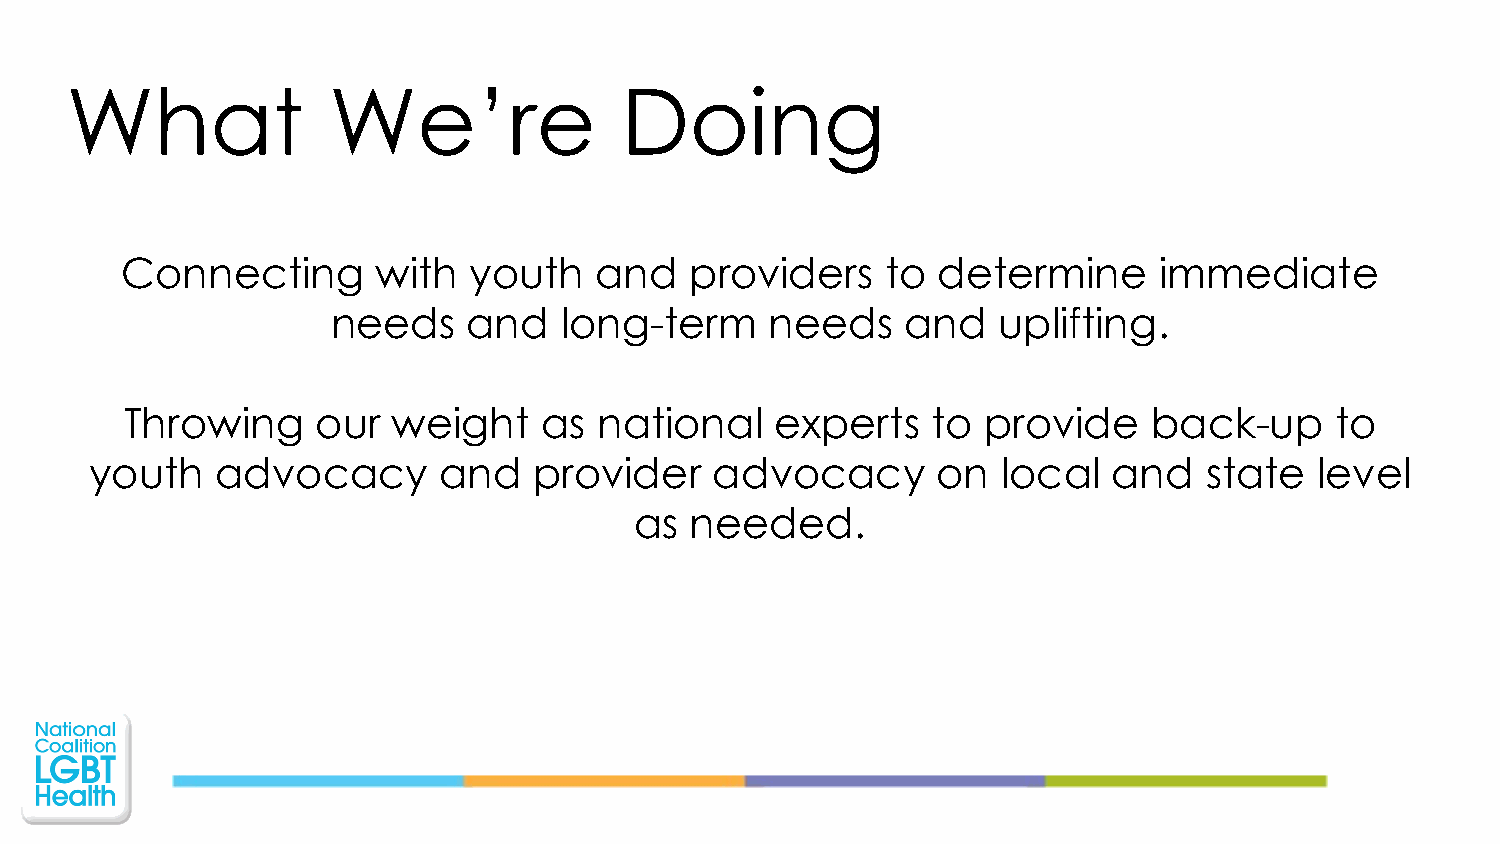
What              We’re              Doing
 Connecting       with  youth   and    providers    to determine      immediate
 needs    and   long-term     needs    and   uplifting.
 Throwing     our  weight    as  national   experts    to provide    back-up     to
 youth   advocacy       and   provider    advocacy       on  local   and   state  level
 as  needed.